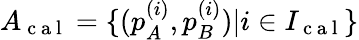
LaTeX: A_{\mathrm{~c~a~l~}}=\{ (p_{A}^{(i)},p_{B}^{(i)})|i\in I_{\mathrm{~c~a~l~}}\}